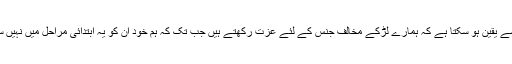
اور ہمیں کیسے یقین ہو سکتا ہے کہ ہمارے لڑکے مخالف جنس کے لئے عزت رکھتے ہیں جب تک کہ ہم خود ان کو یہ ابتدائی مراحل میں نہیں سکھائیں گے۔